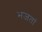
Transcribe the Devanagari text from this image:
भजतां